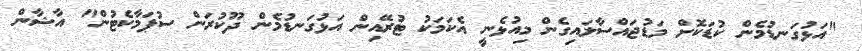
"އަޅުގަނޑުމެން ކުޑަކޮށް މަޑުޖައްސާލައިގެން މިއުޅެނީ އެކަމަކު ޓުރޭއިން އަޅުގަނޑުމެން ދޫކުރަން ސުޕަމާކެޓުން" އާޝާން